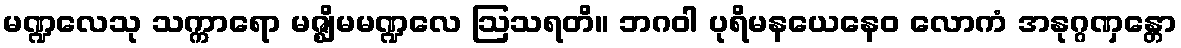
မဏ္ဍလေသု သက္ကာရော မဇ္ဈိမမဏ္ဍလေ ဩသရတိ။ ဘဂဝါ ပုရိမနယေနေဝ လောကံ အနုဂ္ဂဏှန္တော